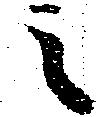
之